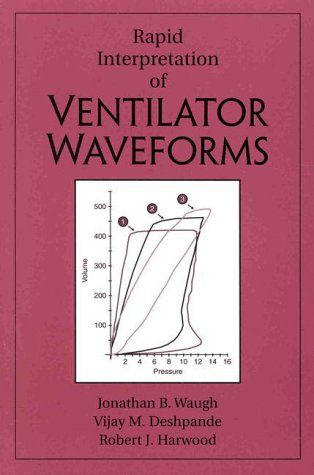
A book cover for Rapid Interpretation of Ventilator Waveforms; Jonathan B. Waugh; Medical Books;